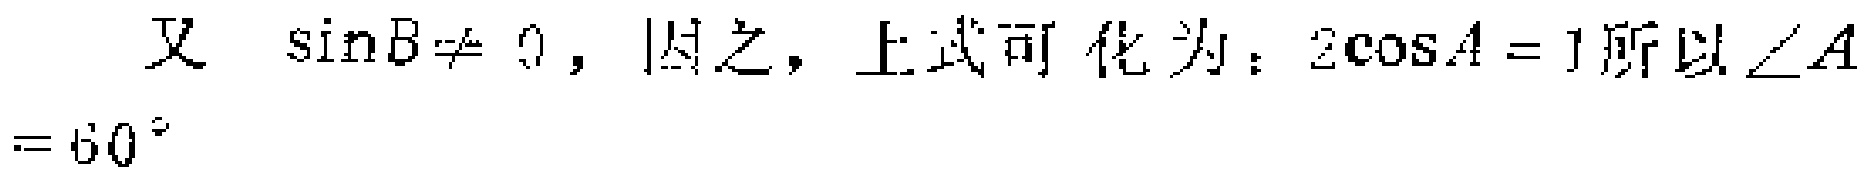
又 $\sin B\neq 0$，因之，上式可化为：$2\cos A = 1$所以 $\angle A=60^{\circ}$